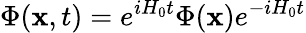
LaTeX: \Phi(\mathbf{x},t)=e^{iH_{0}t}\Phi(\mathbf{x})e^{-iH_{0}t}